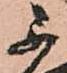
不